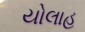
યોલાહ